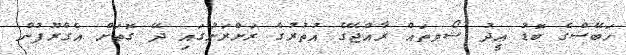
ހަބޭސްގެ ބޮޑު ޢީދު ޝޯވތައް ރާއްޖޭގެ އުތުރުގެ ރަށްރަށުގައި ދޭ ގޮތަށް އެގްރޫޕުން